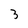
Character: 3